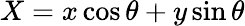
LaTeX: X=x\cos\theta+y\sin\theta